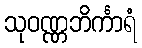
သုဝဏ္ဏဘိင်္ကာရံ